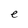
Character: e